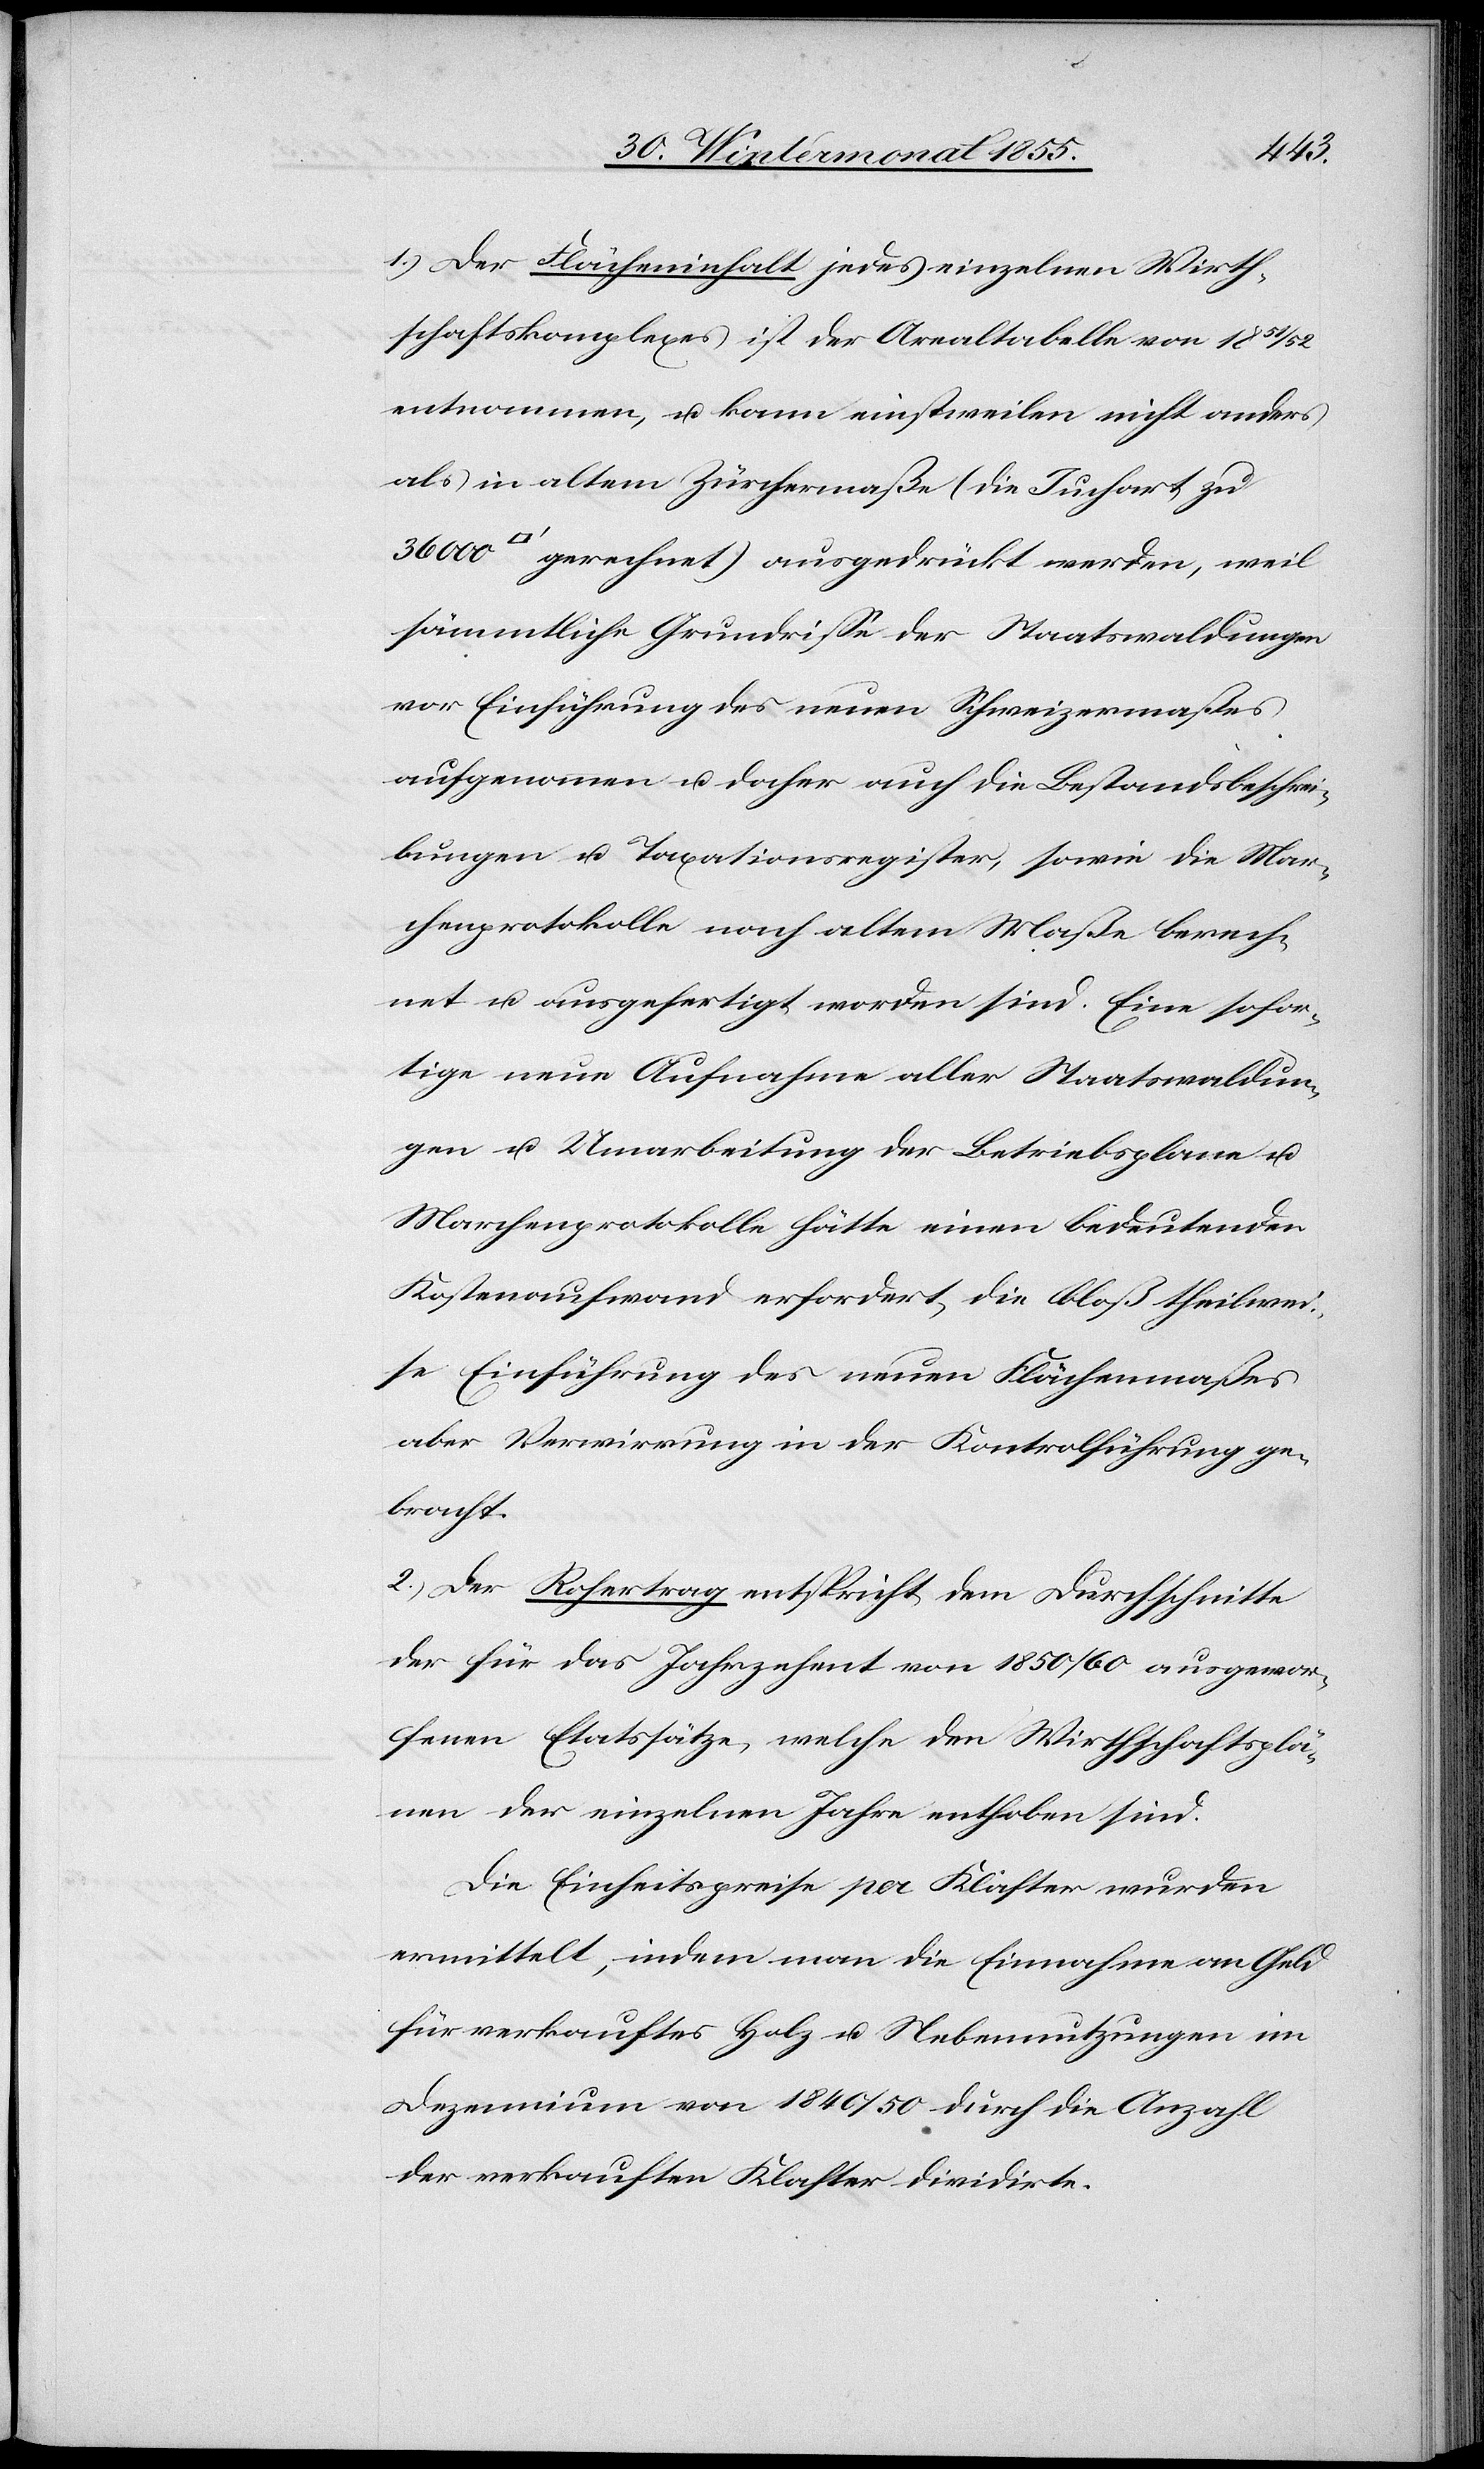
1.) Der Flächeninhalt jedes einzelnen Wirth¬
schaftskomplexes ist der Arealtabelle von 1851
entnommen, u. kann einstweilen nicht anders
als in altem Zürchermaße (die Juchart zu
gerechnet) ausgedrückt werden, weil
sämmtliche Grundrisse der Staatswaldungen
vor Einführung des neuen Schweizermaßes
aufgenommen u. daher auch die Bestandsbeschrei¬
bungen u. Taxationsregister, sowie die Mar¬
chenprotokolle nach altem Maße berech¬
net u. ausgefertigt worden sind. Eine sofor¬
tige neue Aufnahme aller Staatswaldun¬
gen u. Umarbeitung der Betriebsplane u.
Marchenprotokolle hätte einen bedeutenden
Kostenaufwand erfordert, die bloß theilwei¬
se Einführung des neuen Flächenmaßes
aber Verwirrung in der Kontrolführung ge¬
bracht.
2.) Der Rohertrag entspricht dem Durchschnitte
der für das Jahrzehent von 1850 / 60 ausgewor¬
fenen Etatssätze, welche den Wirthschaftsplä¬
nen der einzelnen Jahre enthoben sind.
Die Einheitspreise per Klafter wurden
ermittelt, indem man die Einnahme an Geld
für verkauftes Holz u. Nebennutzungen im
Dezennium von 1840 / 50 durch die Anzahl
der verkauften Klafter dividirte.